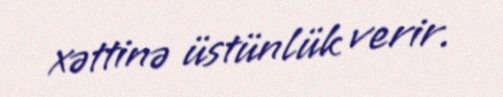
xəttinə üstünlük verir.